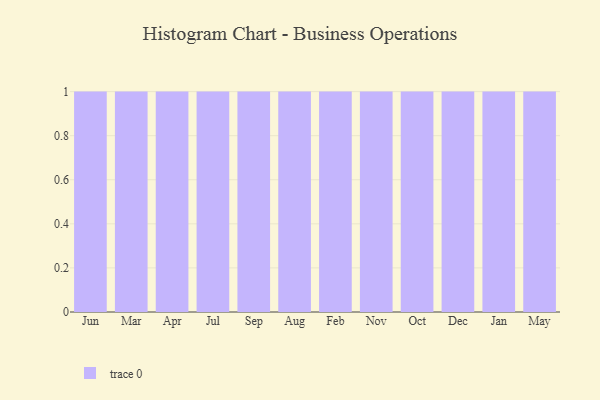
{"axis": {"x": "Month", "y": "Inventory Turnover"}, "legend": [""], "data": [{"x": "Jun", "y": 90, "type": ""}, {"x": "Mar", "y": 8, "type": ""}, {"x": "Apr", "y": 17, "type": ""}, {"x": "Jul", "y": 85, "type": ""}, {"x": "Sep", "y": 96, "type": ""}, {"x": "Aug", "y": 47, "type": ""}, {"x": "Feb", "y": 79, "type": ""}, {"x": "Nov", "y": 18, "type": ""}, {"x": "Oct", "y": 58, "type": ""}, {"x": "Dec", "y": 88, "type": ""}, {"x": "Jan", "y": 72, "type": ""}, {"x": "May", "y": 26, "type": ""}]}